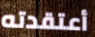
أعتقدته